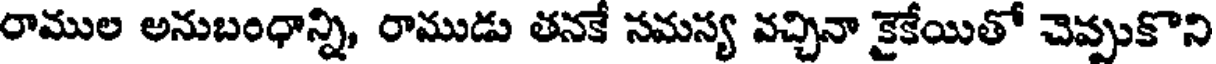
రాముల అనుబంధాన్ని, రాముడు తనకే సమస్య వచ్చినా కైకేయితో చెప్పుకొని